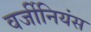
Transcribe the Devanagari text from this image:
वर्जीनियंस